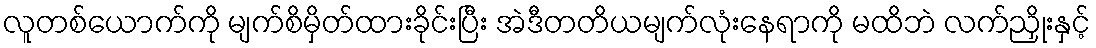
လူတစ်ယောက်ကို မျက်စိမှိတ်ထားခိုင်းပြီး အဲဒီတတိယမျက်လုံးနေရာကို မထိဘဲ လက်ညှိုးနှင့်